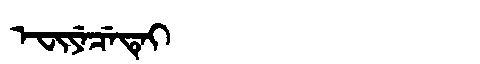
Manchu: ᡝᠸᡳᠶᡝᠴᡝᡨᡝᡳ
Romanization: EFIYECETEI